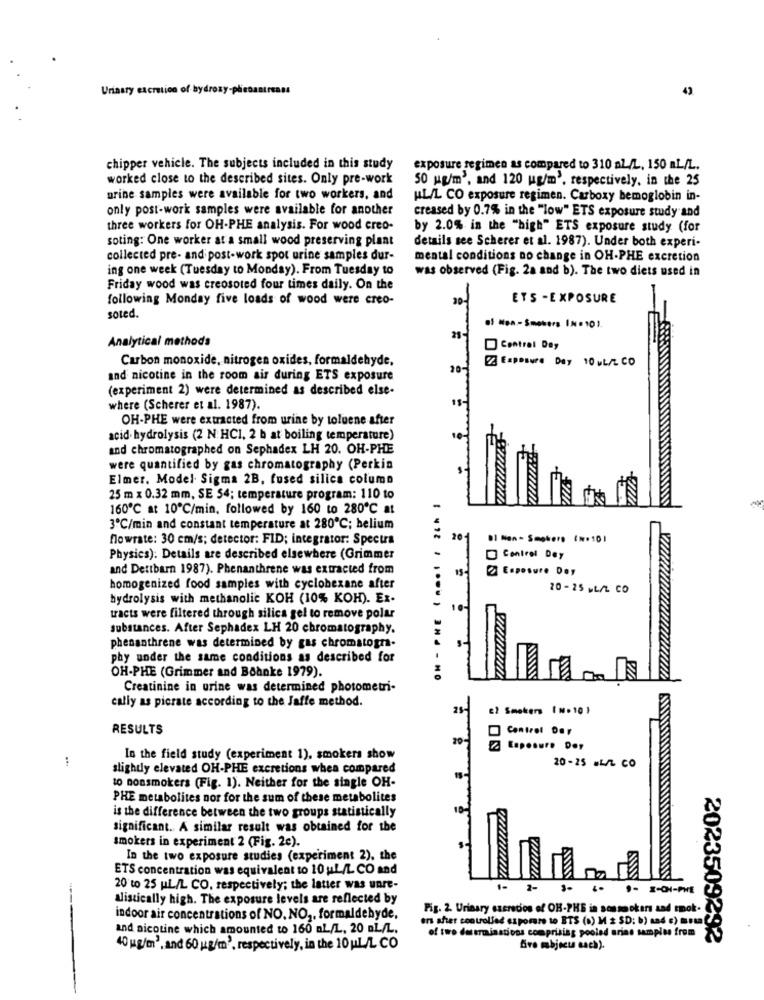
Urinary excretion of hydroxy-phiebantreass
43
chipper vehicle. The subjects included in this study
exposure regimen as compared to 310 al /L, 150 mL/L.
worked close to the described sites. Only pre-work
50 ug/m3, and 120 ug/m', respectively. in the 25
urine samples were available for two workers, and
HL/L CO exposure regimen. Carboxy bemoglobin in-
only post-work samples were available for another
creased by 0.7% in the "low" ETS exposure study and
three workers for OH-PHE analysis. For wood creo-
by 2.0% in the "high" ETS exposure study (for
soting: One worker at a small wood preserving plant
details see Scherer et al. 1987). Under both experi-
collected pre- and post-work spot urine samples dur-
mental conditions no change in OH-PHE excretion
ing one week (Tuesday to Monday). From Tuesday to
was observed (Fig. 2a and b). The two diets used in
Friday wood was creosoted four times daily. On the
following Monday five loads of wood were creo-
ETS -EXPOSURE
soted.
Analytical methods
Central Day
Carbon monoxide, nitrogen oxides, formaldehyde.
23 Exposure Day 10 wL/L CO
20
and nicotine in the room air during ETS exposure
(experiment 2) were determined as described else-
where (Scherer et al. 1987).
OH-PHE were extracted from urine by toluene after
acid hydrolysis (2 N HCI, 2 b at boiling temperature)
and chromatographed on Sephadex LH 20. OH-PHE
were quantified by gas chromatography (Perkin
Elmer. Model. Sigma 2B, fused silica column
25 m x 0.32 mm, SE 54; temperature program: 110 to
160℃ at 10℃/min, followed by 160 to 280℃ at
3ºC/min and constant temperature at 280℃; belium
flowrate: 30 em/s; detector: FID; integrator: Spectra
20
01 Non- Smokers (N=101
Physics): Details are described elsewhere (Grimmer
Control Dey
and Dettbarn 1987). Phenanthrene was extracted from
@ Exposure Dey
homogenized food samples with cyclohexane after
20-25 L/ CO
hydrolysis with methanolic KOH (10% KOH). Ex-
tracts were filtered through silica gel to remove polar
substances. After Sephadex LH 20 chromatography.
phenanthrene was determined by gas chromatogra-
phy under the same conditions as described for
OH-PHE (Grimmer and Böhnke 1979).
Creatinine in urine was determined photometri-
cally as picrate according to the Jaffe method.
cl Smokers ( N . 10 }
RESULTS
Control Day
2. Caposure Doy
:
In the field study (experiment 1), smokers show
20-25 wLL CO
slightly elevated OH-PHE excretions when compared
10 nonsmokers (Fig. 1). Neither for the single OH-
PHE metabolites nor for the sum of these metabolites
is the difference between the two groups statistically
significant. A similar result was obtained for the
smokers in experiment 2 (Fig. 2c).
In the two exposure studies (experiment 2), the
ETS concentration was equivalent to 10 ul./L CO and
20 to 25 L/L CO, respectively; the latter was unre-
1-
2-
-
Mistically high. The exposure levels are reflected by
Fig. 2. Urinary szerecios of OH-PHE in sossmokers and cook.
indoor air concentrations of NO. NO ,, formaldehyde,
ers sher controlled exporare to BTS (b) M 2 SD: b) sad c) meta
and nicotine which amounted to 160 aL/L, 20 aL/L.
of two determinations comprising pooled urins samples from
2023509292
40 kg/m3, and 60 kg/m3, respectively, in the 10 L/L CO
Sivo mobject sach).